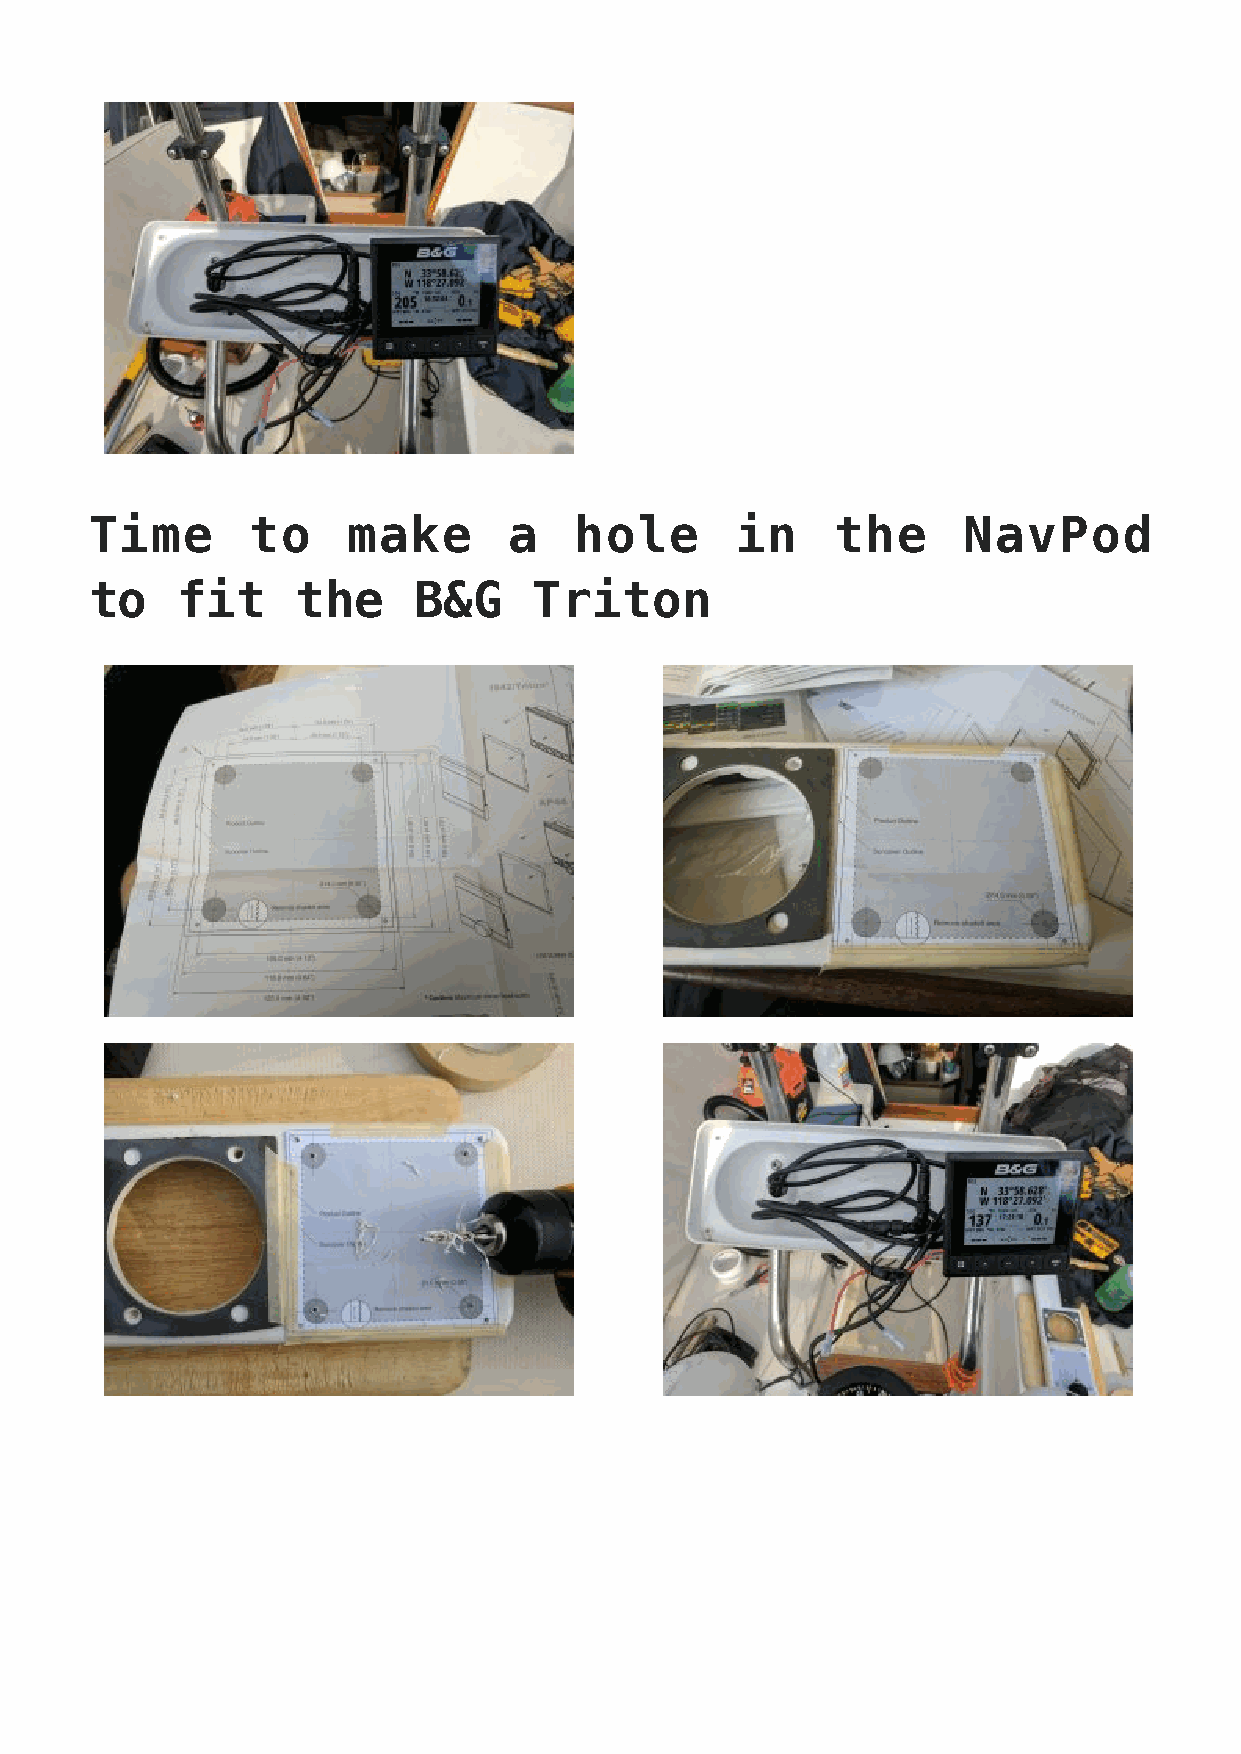
Time       to    make       a   hole       in    the      NavPod
 to    fit     the    B&G     Triton